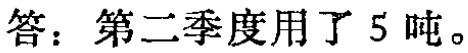
答：第二季度用了5吨。